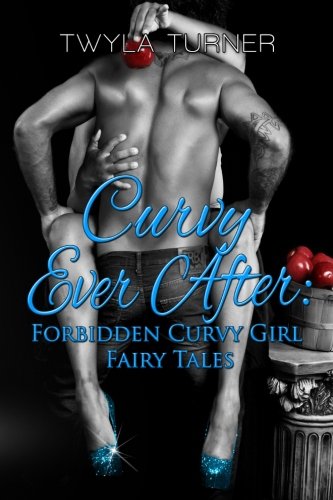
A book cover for Curvy Ever After: Forbidden Curvy Girl Fairy Tales; Twyla Turner; Romance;